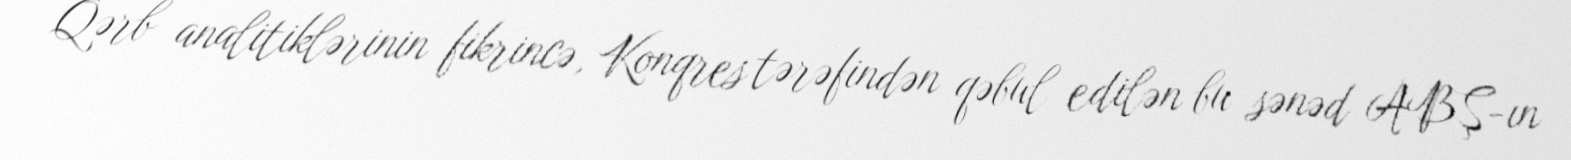
Qərb analitiklərinin fikrincə, Konqres tərəfindən qəbul edilən bu sənəd ABŞ-ın